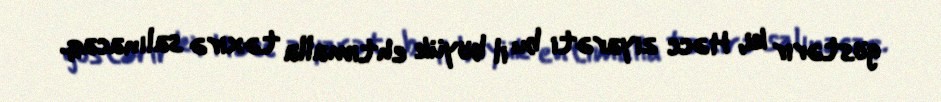
göstərir ki, Həcc ziyarəti bu il böyük ehtimalla təxirə salınacaq.